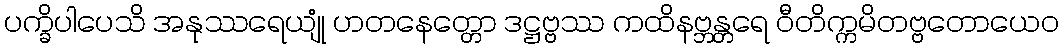
ပက္ခိပါပေသိ အနုဿရေယျုံ ဟတနေတ္တော ဒဋ္ဌဗ္ဗဿ ကထိနဗ္ဘန္တရေ ဝီတိက္ကမိတဗ္ဗတောယေဝ